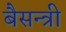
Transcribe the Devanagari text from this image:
बैसन्त्री